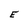
Character: E